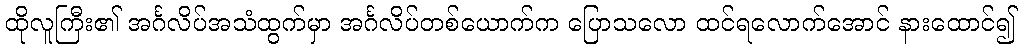
ထိုလူကြီး၏ အင်္ဂလိပ်အသံထွက်မှာ အင်္ဂလိပ်တစ်ယောက်က ပြောသလော ထင်ရလောက်အောင် နားထောင်၍